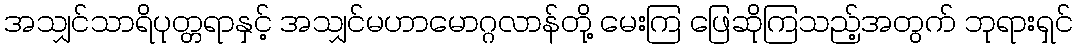
အသျှင်သာရိပုတ္တရာနှင့် အသျှင်မဟာမောဂ္ဂလာန်တို့ မေးကြ ဖြေဆိုကြသည့်အတွက် ဘုရားရှင်